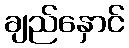
ချည်နှောင်